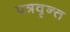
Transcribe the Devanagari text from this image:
पत्रवृन्त